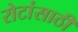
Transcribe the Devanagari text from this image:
रोटांसाठी